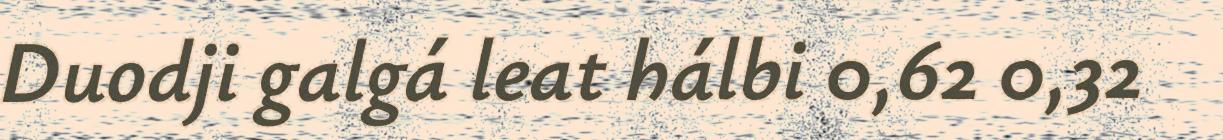
Duodji galgá leat hálbi 0,62 0,32